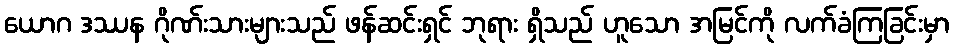
ယောဂ ဒဿန ဂိုဏ်းသားများသည် ဖန်ဆင်းရှင် ဘုရား ရှိသည် ဟူသော အမြင်ကို လက်ခံကြခြင်းမှာ